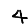
Digit: 4